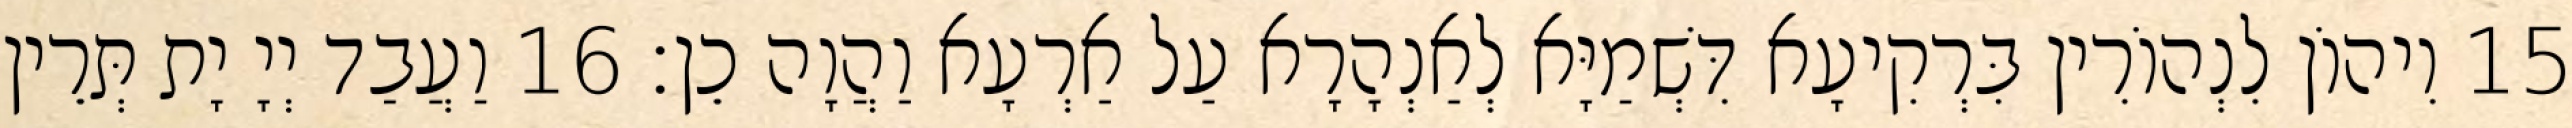
15 וִיהוֹן לִנְהוֹרִין בִּרְקִיעָא דִּשְׁמַיָּא לְאַנְהָרָא עַל אַרְעָא וַהֲוָה כֵן׃ 16 וַעֲבַד יְיָ יָת תְּרֵין